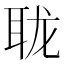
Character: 𰭹